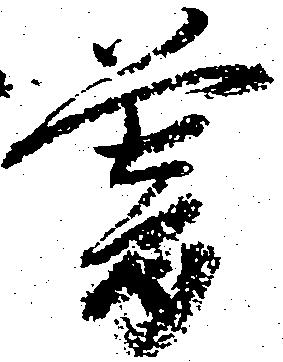
暮